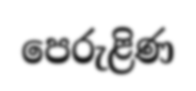
පෙරුළිණ